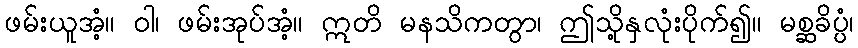
ဖမ်းယူအံ့။ ဝါ၊ ဖမ်းအုပ်အံ့။ ဣတိ မနသိကတွာ၊ ဤသို့နှလုံးပိုက်၍။ မစ္ဆခိပ္ပံ၊